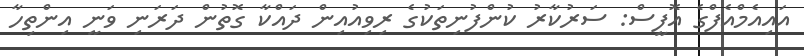
އައިއެމްއެފްގެ އޮފީސް: ސަރުކާރު ކުންފުނިތަކުގެ ރިވިއުއިން ދައްކާ ގޮތުން ދަރަނި ވަނީ އިންތިހާ